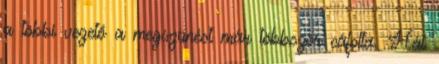
a többi vezető a megszünést már többször cáfolta. Hát